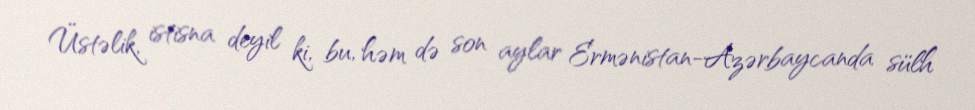
Üstəlik, istisna deyil ki, bu, həm də son aylar Ermənistan-Azərbaycanda sülh